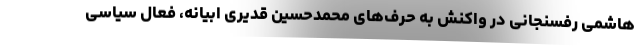
هاشمی رفسنجانی در واکنش به حرف‌های محمدحسین قدیری ابیانه، فعال سیاسی